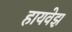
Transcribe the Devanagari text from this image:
हायवेझ